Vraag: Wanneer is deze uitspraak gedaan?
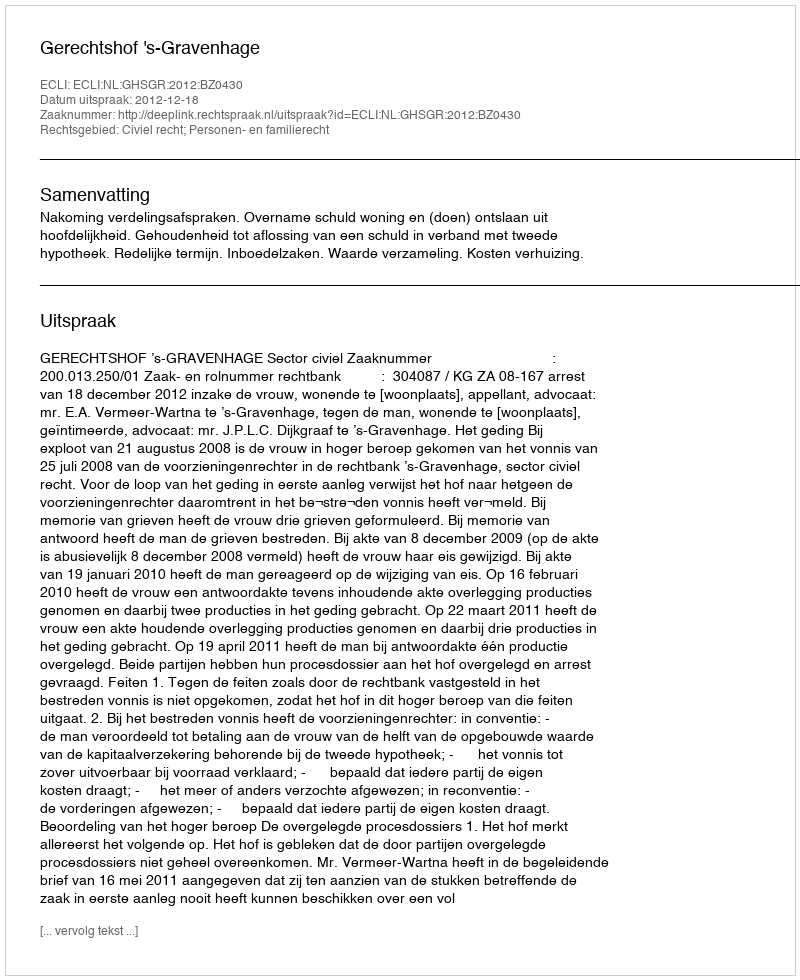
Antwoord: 2012-12-18